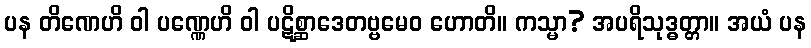
ပန တိဏေဟိ ဝါ ပဏ္ဏေဟိ ဝါ ပဋိစ္ဆာဒေတဗ္ဗမေဝ ဟောတိ။ ကသ္မာ? အပရိသုဒ္ဓတ္တာ။ အယံ ပန